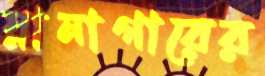
স্নানাগারের